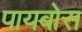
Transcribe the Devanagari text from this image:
पायबोस